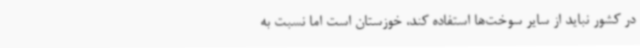
در کشور نباید از سایر سوخت‌ها استفاده کند، خوزستان است اما نسبت به